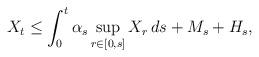
LaTeX: \begin{align*} X_t\leq\int_0^t\alpha_s\sup_{r\in[0,s]}X_r\,ds +M_s+H_s, \end{align*}